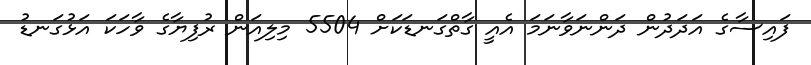
ފައިސާގެ އަދަދުން ދަންނަވާނަމަ އެއީ ގާތްގަނޑަކަށް 5504 މިލިއަން ރުފިޔާގެ ވާހަކަ އަޅުގަނޑު